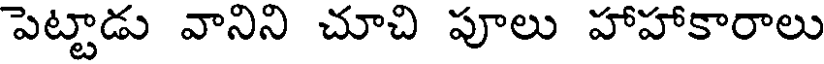
పెట్టాడు వానిని చూచి పూలు హాహాకారాలు